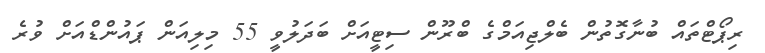
ރިޕޯޓްތައް ބުނާގޮތުން ބެލްޖިއަމްގެ ބްރޫން ސިޓީއަށް ބަދަލުވީ 55 މިލިއަން ޕައުންޑްއަށް ވުރެ